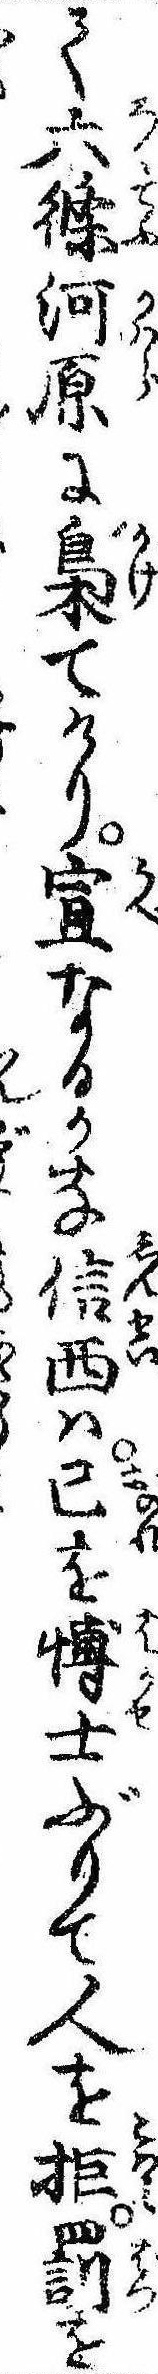
て六条河原に梟てけり宜なるかな信西は己を愽士ぶりて人を拒罰を